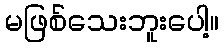
မဖြစ်သေးဘူးပေါ့။